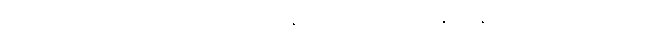
ထိုမစ္ဆိကာသဏ္ဍအမည်ရှိသောမြို့သို့။ ဂန္တွာ၊ သွား၍။ ဝိဟရန္တော၊ နေသည်ရှိသော်။ သေဋ္ဌိဿ၊